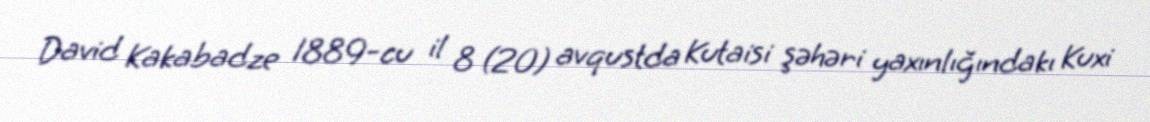
David Kakabadze 1889-cu il 8 (20) avqustda Kutaisi şəhəri yaxınlığındakı Kuxi